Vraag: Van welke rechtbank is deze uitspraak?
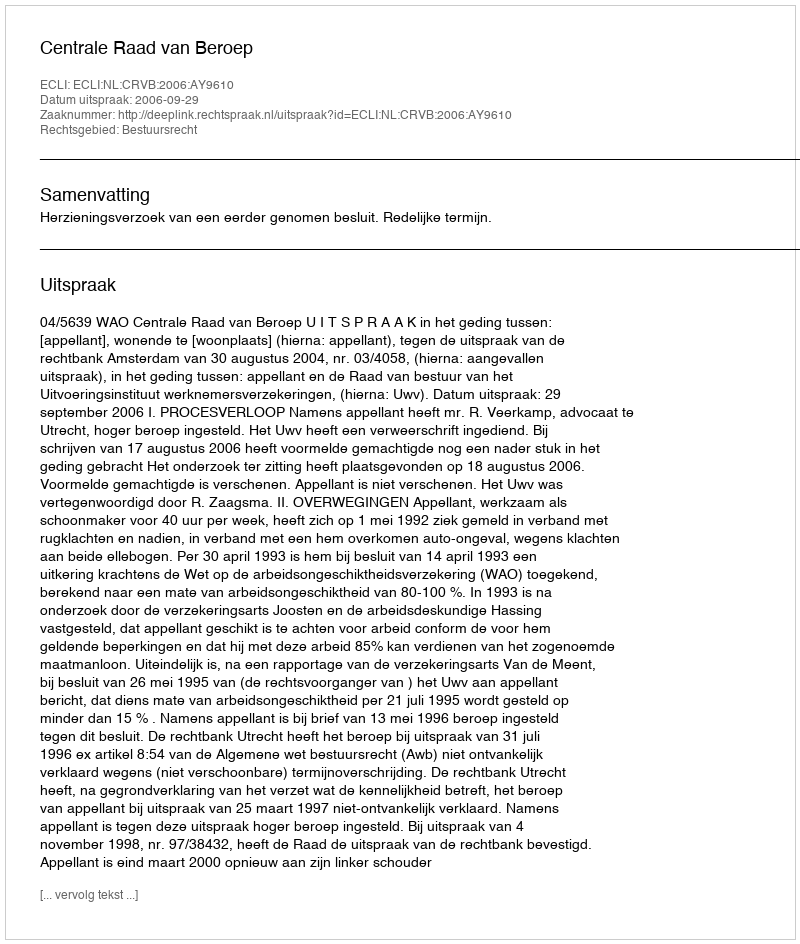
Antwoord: Centrale Raad van Beroep